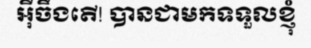
អ៊ីចឹងតើ! បានជាមកទទួលខ្ញុំ